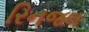
રિનજલ